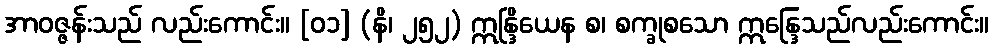
အာဝဇ္ဇန်းသည် လည်းကောင်း။ [၀၁] (နိ၊ ၂၅၂) ဣန္ဒြိယေန စ၊ စက္ခုစသော ဣန္ဒြေသည်လည်းကောင်း။